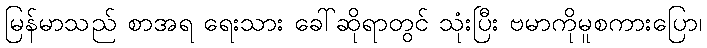
မြန်မာသည် စာအရ ရေးသား ခေါ်ဆိုရာတွင် သုံးပြီး ဗမာကိုမူစကားပြော၊